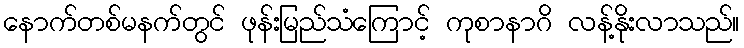
နောက်တစ်မနက်တွင် ဖုန်းမြည်သံကြောင့် ကုစာနာဂိ လန့်နိုးလာသည်။